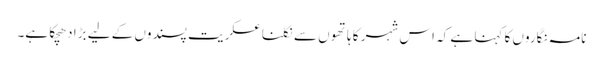
نامہ نگاروں کا کہنا ہے کہ اس شہر کا ہاتھوں سے نکلنا عسکریت پسندوں کے لیے بڑا دھچکا ہے۔